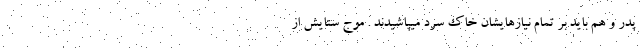
پدر و هم باید بر تمام نیازهایشان خاک سرد میپاشیدند . موج ستایش از